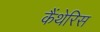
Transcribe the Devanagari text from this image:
कैंथेरिस